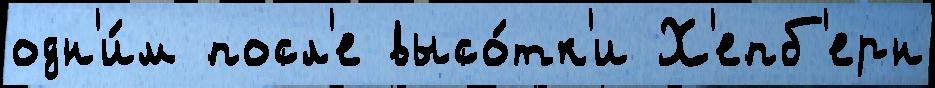
одн'и́м посл'е высо́тк'и Х'епб'ерн